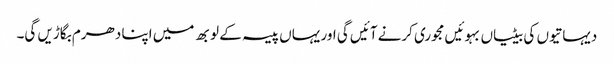
دیہاتیوں کی بیٹیاں بہوئیں مجوری کرنے آئیں گی اور یہاں پیسہ کے لوبھ میں اپنا دھرم بگاڑیں گی۔